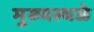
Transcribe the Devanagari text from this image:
मुख्यस्थळे